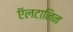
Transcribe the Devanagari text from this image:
ऍलटानिन